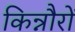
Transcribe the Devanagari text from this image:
किन्नौरों